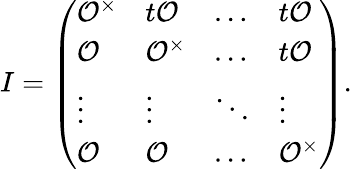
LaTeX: I=\left(\begin{array}{llll}{\mathcal{O}^{\times}}&{t\mathcal{O}}&{\dots}&{t\mathcal{O}}\\ {\mathcal{O}}&{\mathcal{O}^{\times}}&{\dots}&{t\mathcal{O}}\\ {\vdots}&{\vdots}&{\ddots}&{\vdots}\\ {\mathcal{O}}&{\mathcal{O}}&{\dots}&{\mathcal{O}^{\times}}\end{array}\right).